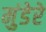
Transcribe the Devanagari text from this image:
मुंडेरे